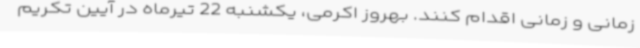
زمانی و زمانی اقدام کنند. بهروز اکرمی، یکشنبه 22 تیرماه در آیین تکریم